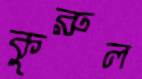
কুরুল